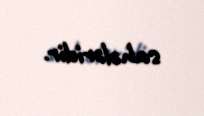
sahələridir.